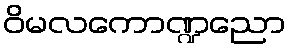
ဝိမလကောဏ္ဍညော